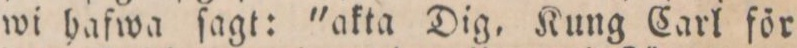
wi hafwa ſagt: "akta Dig, Kung Carl för